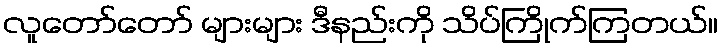
လူတော်တော် များများ ဒီနည်းကို သိပ်ကြိုက်ကြတယ်။